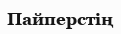
Пайперстің